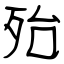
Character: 殆